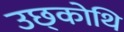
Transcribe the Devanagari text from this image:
उछ्कोथि